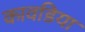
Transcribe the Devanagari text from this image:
कावडिया